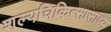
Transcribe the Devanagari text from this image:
शल्यचिकित्सासाध्य